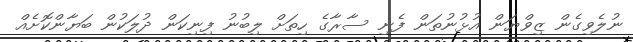
ނުލެވިގެން ޒިވްޔަން އުޅުނުތަން ފެނި ސާރާގެ ހިތަށް ލިބުނު ފިނިކަން ދުލަކުން ބަޔާންކޮށެއް